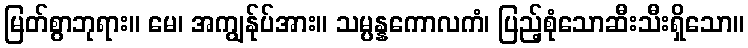
မြတ်စွာဘုရား။ မေ၊ အကျွန်ုပ်အား။ သမ္ပန္နကောလကံ၊ ပြည့်စုံသောဆီးသီးရှိသော။